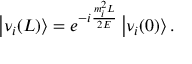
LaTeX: \left| \nu _ { i } ( L ) \right\rangle = e ^ { - i { \frac { m _ { i } ^ { 2 } L } { 2 E } } } \left| \nu _ { i } ( 0 ) \right\rangle .